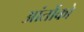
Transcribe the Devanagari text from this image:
आंतोंको